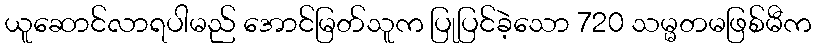
ယူဆောင်လာရပါမည် အောင်မြတ်သူက ပြုပြင်ခဲ့သော 720 သမ္မတမဖြစ်မီက